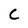
Character: c